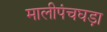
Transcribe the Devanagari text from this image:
मालीपंचघड़ा